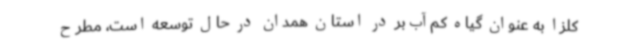
کلزا به عنوان گیاه کم‌آب‌بر در استان همدان در حال توسعه است، مطرح